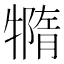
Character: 𤛩